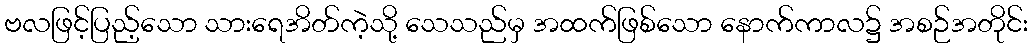
ဗလဖြင့်ပြည့်သော သားရေအိတ်ကဲ့သို့ သေသည်မှ အထက်ဖြစ်သော နောက်ကာလ၌ အစဉ်အတိုင်း